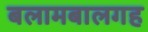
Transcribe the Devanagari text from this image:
बलामबालगह